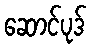
ဆောင်ပုဒ်